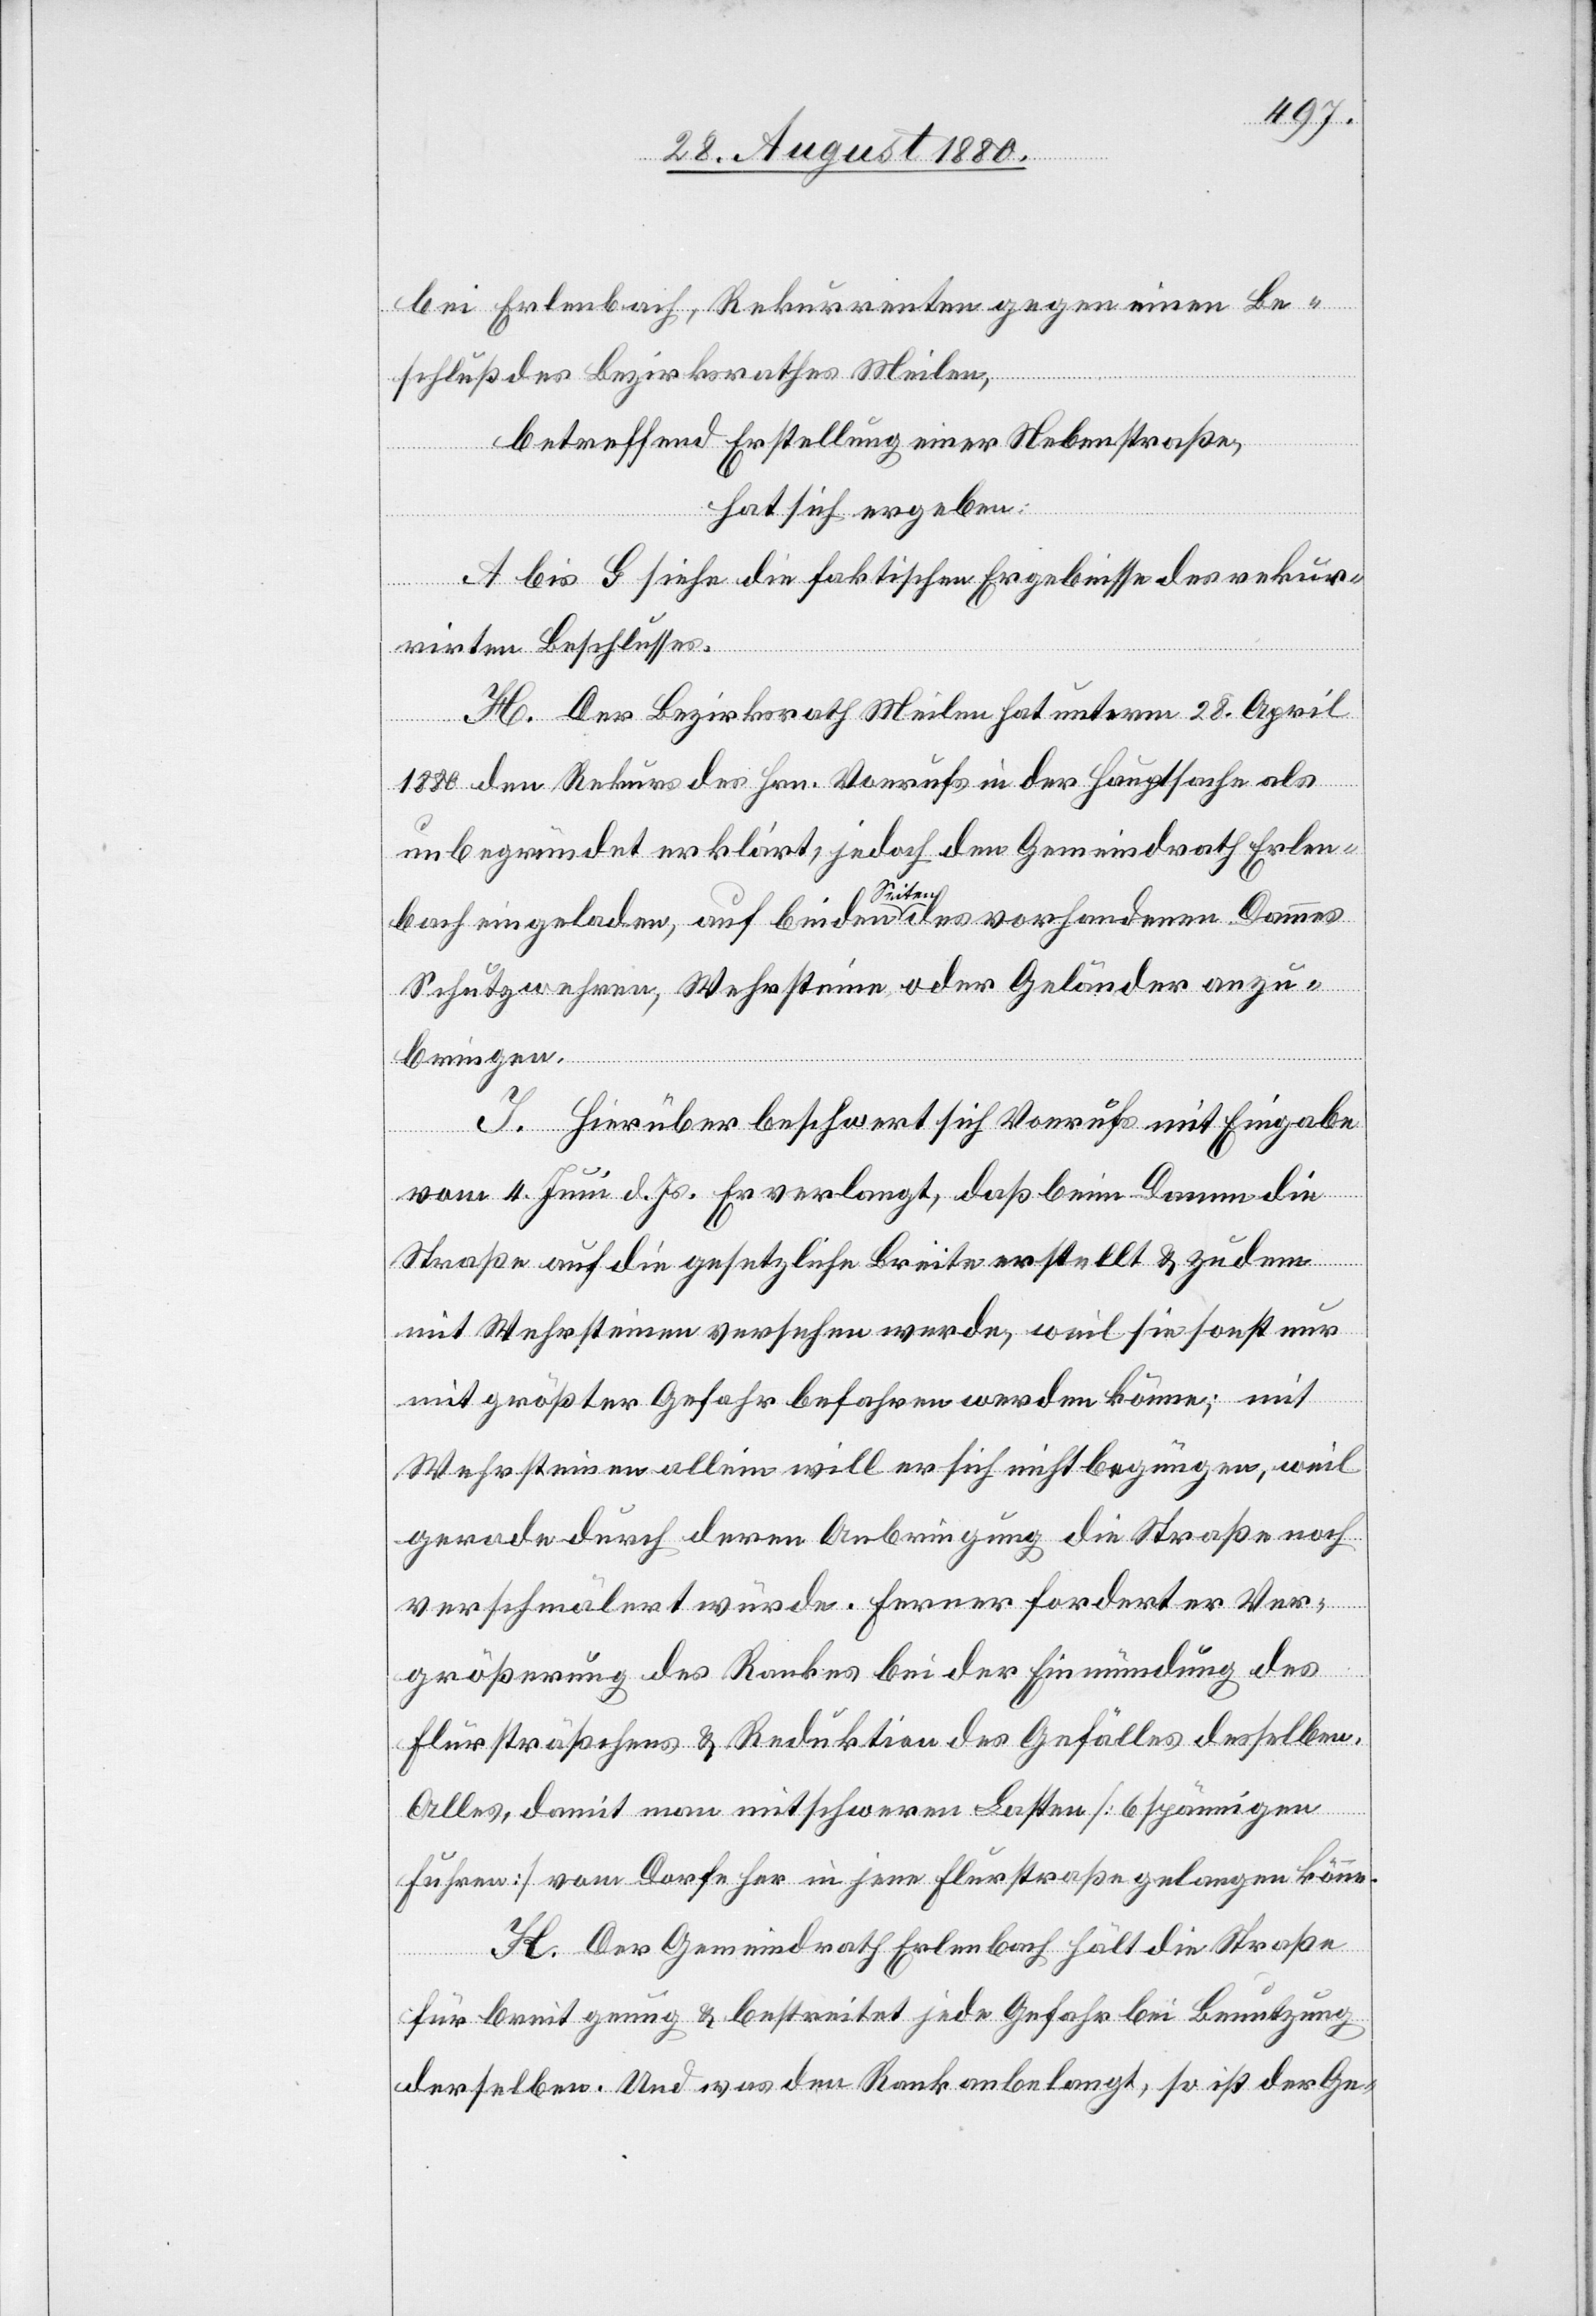
bei Erlenbach, Rekurrenten gegen einen Be¬
schluß des Bezirksrathes Meilen,
betreffend Erstellung einer Nebenstraße,
hat sich ergeben:
A bis G siehe die faktischen Ergebnisse des rekur¬
rirten Beschlusses.
H. Der Bezirksrath Meilen hat unterm 28. April
1880 den Rekurs des Hrn. Vonrufs in der Hauptsache als
unbegründet erklärt, jedoch den Gemeindrath Erlen¬
bach eingeladen, auf beiden Seiten des vorhandenen Dammes
Schutzwehren, Wehrsteine oder Geländer anzu¬
bringen.
J. Hierüber beschwert sich Vonrufs mit Eingabe
vom 4. Juni d. Js. Er verlangt, daß beim Damm die
Straße auf die gesetzliche Breite erstellt & zu dem
mit Wehrsteinen versehen werde, weil sie sonst nur
mit größter Gefahr befahren werden könne; mit
Wehrsteinen allein will er sich nicht begnügen, weil
gerade durch deren Anbringung die Straße noch
verschmälert würde. Ferner fordert er Ver¬
größerung des Rankes bei der Einmündung des
Flursträßchens & Reduktion des Gefälles desselben.
Alles, damit man mit schweren Lasten [6 spännigen
Fuhren] vom Dorfe her in jene Flurstraße gelangen könne.
K. Der Gemeindrath Erlenbach hält die Straße
für breit genug & bestreitet jede Gefahr bei Benutzung
derselben. Und was den Rank anbelangt, so ist der Ge-